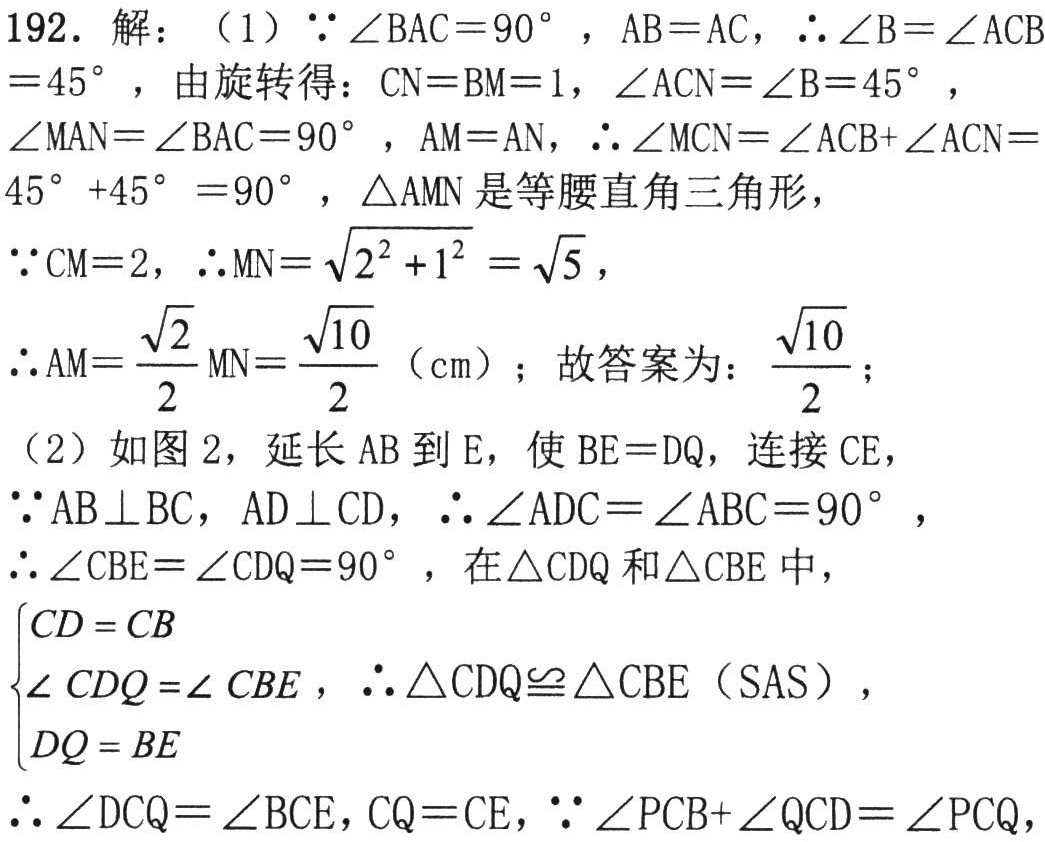
192. 解：（1）\(\because\angle BAC = 90^{\circ}\)，\(AB = AC\)，\(\therefore\angle B=\angle ACB = 45^{\circ}\)，由旋转得：\(CN = BM = 1\)，\(\angle ACN=\angle B = 45^{\circ}\)，\(\angle MAN=\angle BAC = 90^{\circ}\)，\(AM = AN\)，\(\therefore\angle MCN=\angle ACB+\angle ACN = 45^{\circ}+45^{\circ}=90^{\circ}\)，\(\triangle AMN\)是等腰直角三角形，

\(\because CM = 2\)，\(\therefore MN=\sqrt{2^{2}+1^{2}}=\sqrt{5}\)，

\(\therefore AM=\frac{\sqrt{2}}{2}MN=\frac{\sqrt{10}}{2}\)（cm）；故答案为：\(\frac{\sqrt{10}}{2}\)；

（2）如图2，延长\(AB\)到\(E\)，使\(BE = DQ\)，连接\(CE\)，

\(\because AB\perp BC\)，\(AD\perp CD\)，\(\therefore\angle ADC=\angle ABC = 90^{\circ}\)，

\(\therefore\angle CBE=\angle CDQ = 90^{\circ}\)，在\(\triangle CDQ\)和\(\triangle CBE\)中，

\(\begin{cases}

CD = CB\\

\angle CDQ=\angle CBE\\

DQ = BE

\end{cases}\)，\(\therefore\triangle CDQ\cong\triangle CBE\)（SAS），

\(\therefore\angle DCQ=\angle BCE\)，\(CQ = CE\)，\(\because\angle PCB+\angle QCD=\angle PCQ\)，